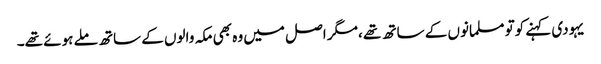
یہودی کہنے کوتو مسلمانوں کے ساتھ تھے ،مگر اصل میں وہ بھی مکہ والوں کے ساتھ ملے ہوئے تھے۔